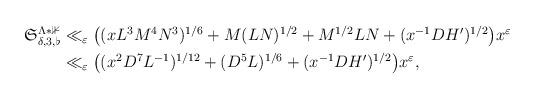
LaTeX: \begin{align*}\begin{aligned}\mathfrak{S}_{\delta, 3, \flat}^{\Lambda*\mathbb{1}}& \ll_{\varepsilon}\big((x L^3 M^4 N^3)^{1/6}+ M (LN)^{1/2}+ M^{1/2} LN+ (x^{-1}DH')^{1/2}\big) x^{\varepsilon}\\& \ll_{\varepsilon} \big((x^2 D^7 L^{-1})^{1/12}+ (D^5L)^{1/6}+ (x^{-1}DH')^{1/2}\big) x^{\varepsilon},\end{aligned}\end{align*}